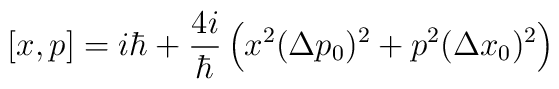
[x,p] = i\hbar + \frac{4i}{\hbar} \left( x^2 (\Delta p_{0})^2 +p^2 (\Delta x_{0})^2 \right)